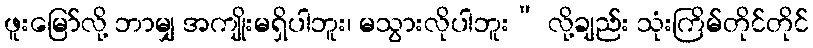
ဖူးမြော်လို့ ဘာမျှ အကျိုးမရှိပါဘူး၊ မသွားလိုပါဘူး” လို့ချည်း သုံးကြိမ်တိုင်တိုင်